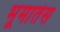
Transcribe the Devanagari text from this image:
भूमातेस